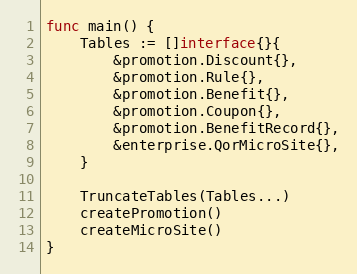
Language: Go
func main() {
	Tables := []interface{}{
		&promotion.Discount{},
		&promotion.Rule{},
		&promotion.Benefit{},
		&promotion.Coupon{},
		&promotion.BenefitRecord{},
		&enterprise.QorMicroSite{},
	}

	TruncateTables(Tables...)
	createPromotion()
	createMicroSite()
}